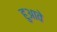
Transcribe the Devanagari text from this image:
हुआवे